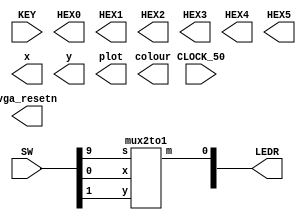
`timescale 1ns / 1ns
`default_nettype none

module main	(
	input wire CLOCK_50,            //On Board 50 MHz
	input wire [9:0] SW,            // On board Switches
	input wire [3:0] KEY,           // On board push buttons
	output wire [6:0] HEX0,         // HEX displays
	output wire [6:0] HEX1,
	output wire [6:0] HEX2,
	output wire [6:0] HEX3,
	output wire [6:0] HEX4,
	output wire [6:0] HEX5,
	output wire [9:0] LEDR,         // LEDs
	output wire [7:0] x,            // VGA pixel coordinates
	output wire [6:0] y,
	output wire [2:0] colour,       // VGA pixel colour (0-7)
	output wire plot,               // Pixel drawn when this is pulsed
	output wire vga_resetn          // VGA resets to black when this is pulsed (NOT CURRENTLY AVAILABLE)
);

	mux2to1 u0(
			.x(SW[0]),
			.y(SW[1]),
			.s(SW[9]),
			.m(LEDR[0])
			);
endmodule

module mux2to1(input x,y,s,output m);
		wire w1,w2,w3;
		NOT_7404 mnot(.p1(s),.p2(w1));
		AND_7408 mand(.p1(w1),.p2(x),.p3(w2),.p4(s),.p5(y),.p6(w3));
		OR_7432 mor(.p1(w2),.p2(w3),.p3(m));
endmodule

module NOT_7404 (input p1, p3, p5, p9, p11, p13,
output p2, p4, p6, p8, p10, p12);
		assign p2 = ~p1;
		assign p4 = ~p3;
		assign p6 = ~p5;
		assign p8 = ~p9;
		assign p10= ~p11;
		assign p12= ~p13;
endmodule

module AND_7408 (input p1,p2,p4,p5,p9,p10,p12,p13, output p3,p6,p8,p11);
	assign p3 = p1&p2;
	assign p6 = p4&p5;
	assign p8 = p9&p10;
	assign p11 = p12&p13;
endmodule

module OR_7432 (input p1,p2,p4,p5,p9,p10,p12,p13, output p3,p6,p8,p11);
	assign p3 = p1|p2;
	assign p6 = p4|p5;
	assign p8 = p9|p10;
	assign p11 = p12|p13;
endmodule